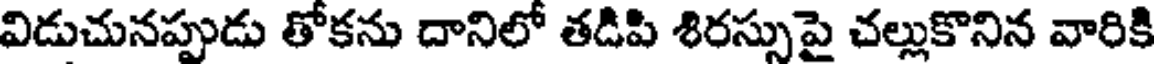
విడుచునప్పుడు తోకను దానిలో తడిపి శిరస్సుపై చల్లుకొనిన వారికి